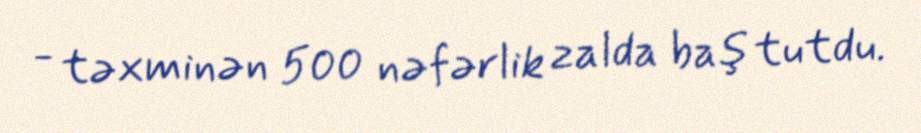
- təxminən 500 nəfərlik zalda baş tutdu.